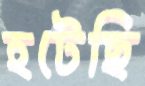
হটেছি